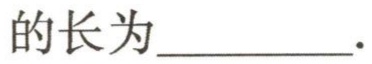
的长为\underline{\qquad\qquad}.